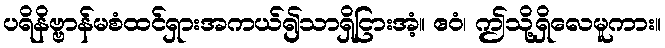
ပရိနိဗ္ဗာန်မစံထင်ရှားအကယ်၍သာရှိငြားအံ့။ ဧဝံ၊ ဤသို့ရှိလေမူကား။